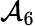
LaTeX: \mathcal{A}_{6}